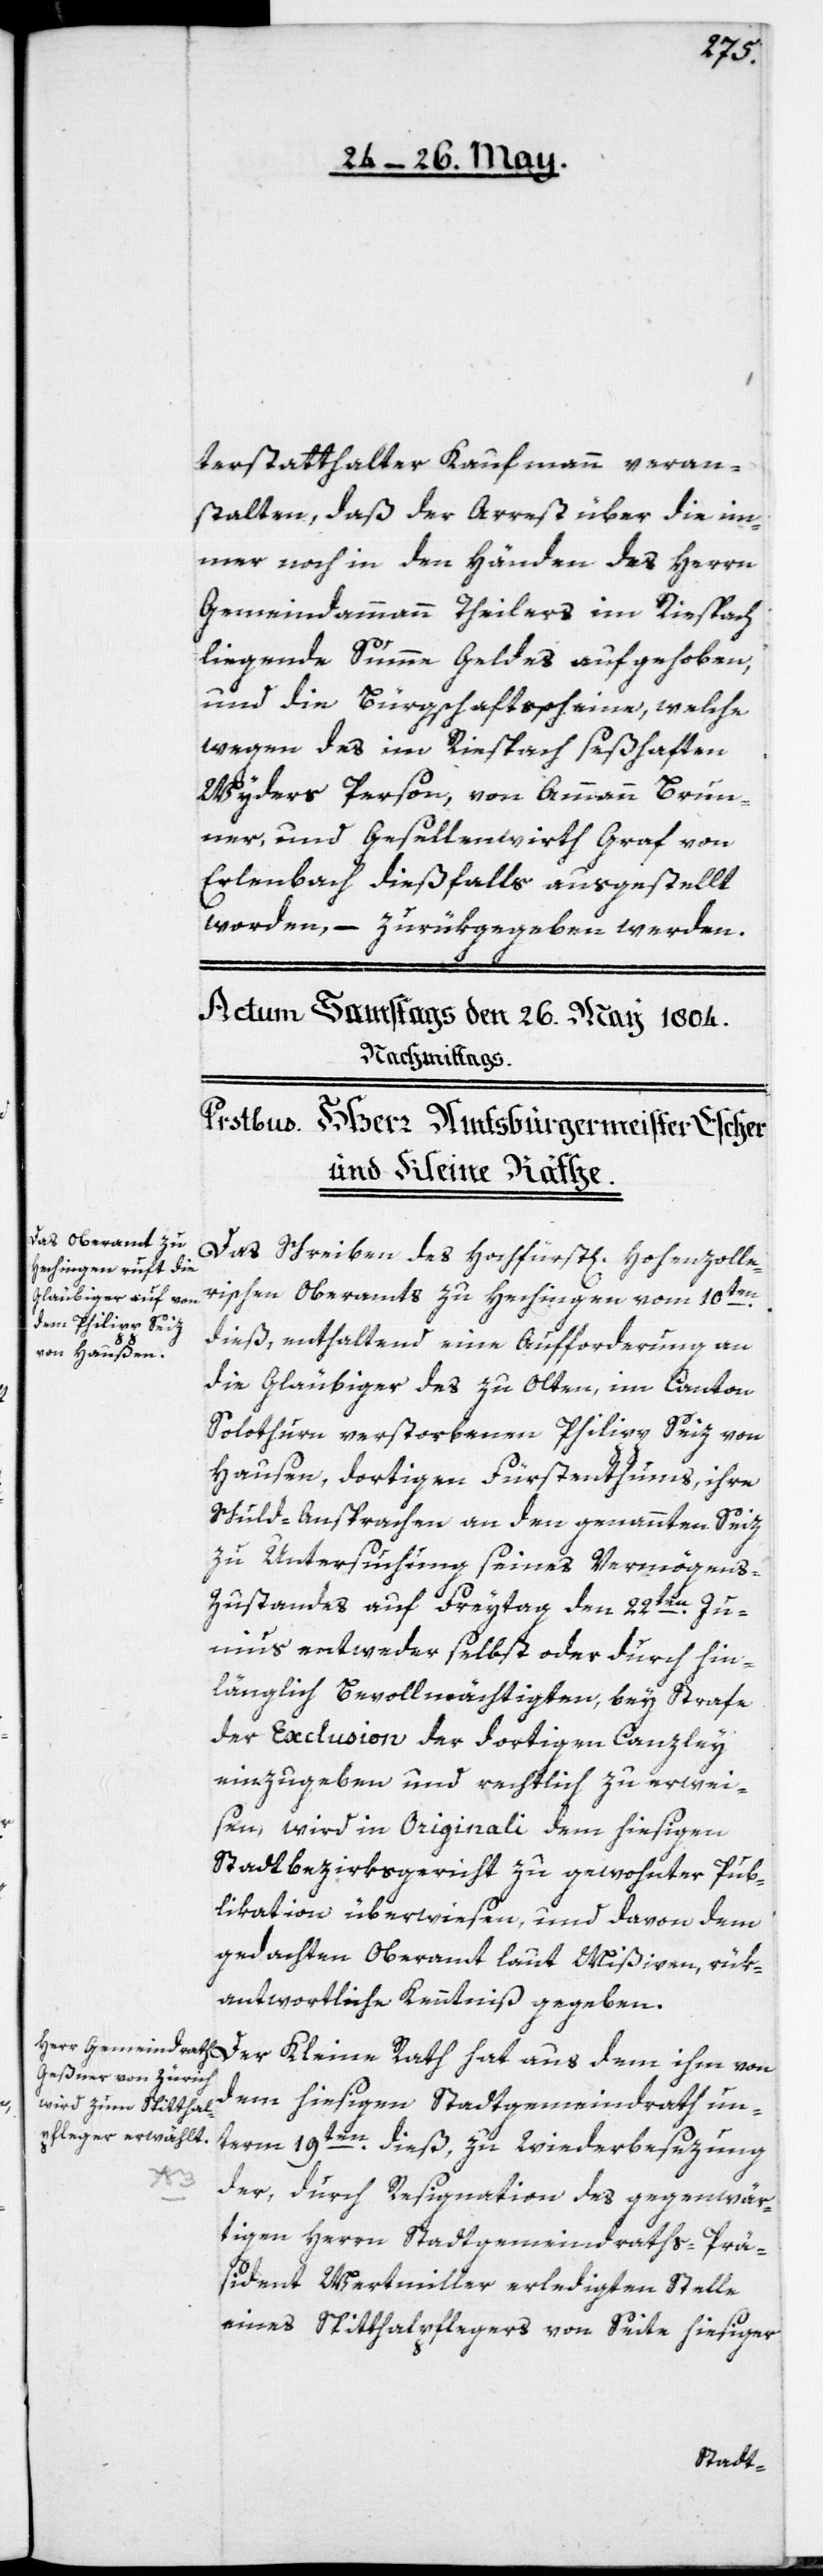
terstatthalter Kaufmann veran¬
stalten, daß der Arrest über die im¬
mer noch in den Händen des Herrn
Gemeindammann Theilers im Riespach
liegende Summe Geldes aufgehoben,
und die Bürgschaftsscheine, welche
wegen des im Riespach seßhaften
Wyders Person, von Ammann Brun¬
ner, und Gesellenwirt Graf von
Erlenbach dießfalls ausgestellt
worden, – zurükgegeben werden.
Das Schreiben des Hochfürst[lichen] Hohenzolle¬
rischen Oberamts zu Hechingen vom 10ten
dieß, enthaltend eine Aufforderung an
die Gläubiger des zu Olten, im Canton
Solothurn, verstorbenen Philipp Seiz von
Hausen, dortigen Fürstenthums, ihre
Schuld-Ansprachen an den genannten Seiz,
zu Untersuchung seines Vermögens-Z¬
ustandes auf Freytag den 22ten Ju¬
nius entweder selbst oder durch hin¬
länglich Bevollmächtigten, bey Strafe
der Exclusion der dortigen Canzley
einzugeben und rechtlich zu erwei¬
sen, wird in Originali dem hiesigen
Stadtbezirksgericht zu gewohnter Pub¬
likation überwiesen, und davon dem
gedachten Oberamt, laut Mißiven, rük¬
antwortliche Kenntniß gegeben.
Der Kleine Rath hat aus dem ihm von
dem hiesigen Stadtgemeindrath un¬
term 19ten dieß, zu Wiederbesezung
der, durch Resignation des gegenwär¬
tigen Herrn Stadtgemeindraths-Prä¬
sident Wertmiller erledigten Stelle
eines Spitthalpflegers von Seite hiesiger